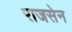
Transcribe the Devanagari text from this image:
राजसेन